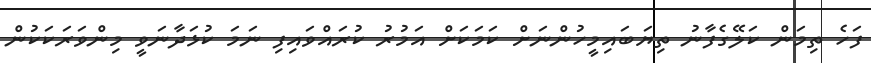
ފަހެ ތިމަން ކަލޭގެފާނު ތިޔަބައިމީހުންނަށް ކަމަކަށް އަމުރު ކުރައްވައިފި ނަމަ ކުޅަދާނަވީ މިންވަރަކަކުން